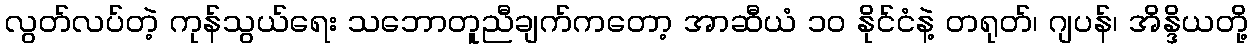
လွတ်လပ်တဲ့ ကုန်သွယ်ရေး သဘောတူညီချက်ကတော့ အာဆီယံ ၁၀ နိုင်ငံနဲ့ တရုတ်၊ ဂျပန်၊ အိန္ဒိယတို့